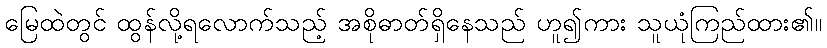
မြေထဲတွင် ထွန်လို့ရလောက်သည့် အစိုဓာတ်ရှိနေသည် ဟူ၍ကား သူယုံကြည်ထား၏။